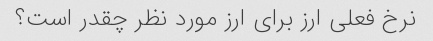
نرخ فعلی ارز برای ارز مورد نظر چقدر است؟